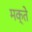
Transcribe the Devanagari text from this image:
मक्ते